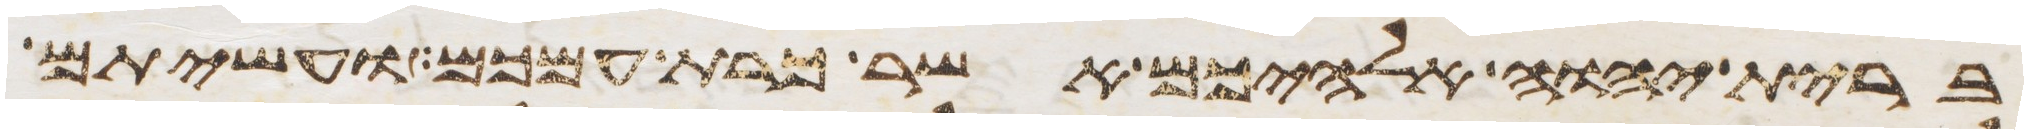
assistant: ברית יהוה אלהיכם אשר כרת עמכם ועשיתם